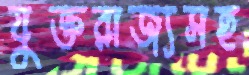
যুক্তরাজ্যসহ